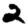
Digit: 2